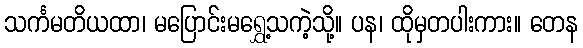
သင်္ကမတိယထာ၊ မပြောင်းမရွှေ့သကဲ့သို့။ ပန၊ ထိုမှတပါးကား။ တေန